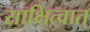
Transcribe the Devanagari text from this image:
साक्षित्वात्